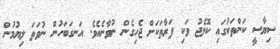
ސިޔާސީ ކަންތަކުގައި ކޮލެޖު ވަކި ފަރާތަކަށް ޖެހިގެން ނުވާނެއެވެ. އަނގަބަހުން ނުވަތަ ލިޔުމުން